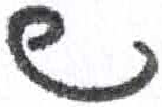
אות: ש